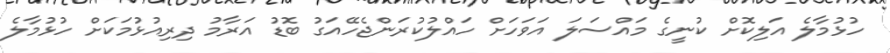
ހުޅުމާލެ އަލިކޮށް ކުނީގެ މައްސަލަ އަވަހަށް ހައްލުކުރަންޖެހޭއަގު ބޮޑު އަރާމު ދިރިއުޅުމަކަށް ހުޅުމާލެ